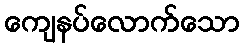
ကျေနပ်လောက်သော